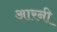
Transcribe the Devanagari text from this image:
आरनी